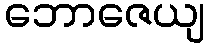
ဘောဇေယျ